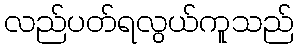
လည်ပတ်ရလွယ်ကူသည်